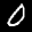
Label: 0